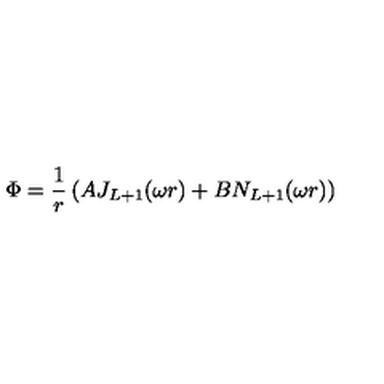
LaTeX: \Phi = \frac { 1 } { r } \left( A J _ { L + 1 } ( \omega r ) + B N _ { L + 1 } ( \omega r ) \right)